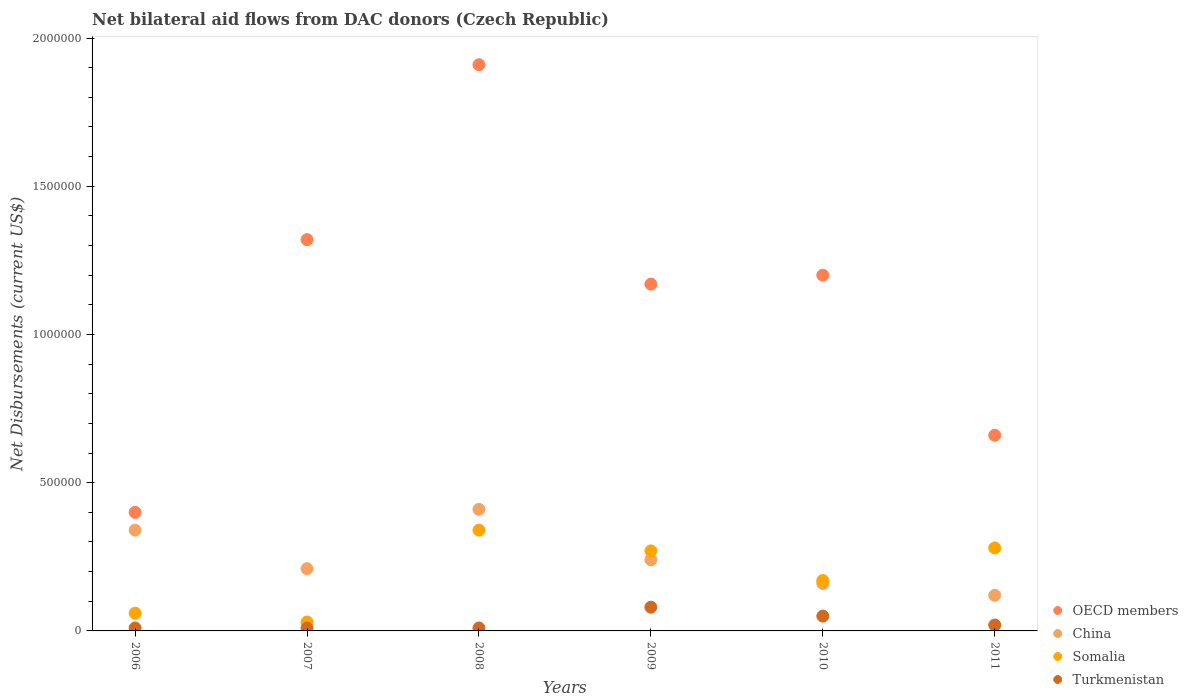
| Years | OECD members | China | Somalia | Turkmenistan |
 | --- | --- | --- | --- | --- |
 | 2006 | 4e+05 | 3.4e+05 | 6e+04 | 1e+04 |
 | 2007 | 1.32e+06 | 2.1e+05 | 3e+04 | 1e+04 |
 | 2008 | 1.91e+06 | 4.1e+05 | 3.4e+05 | 1e+04 |
 | 2009 | 1.17e+06 | 2.4e+05 | 2.7e+05 | 8e+04 |
 | 2010 | 1.2e+06 | 1.6e+05 | 1.7e+05 | 5e+04 |
 | 2011 | 6.6e+05 | 1.2e+05 | 2.8e+05 | 2e+04 |